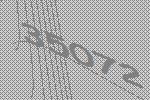
35072